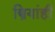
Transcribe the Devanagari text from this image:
स्त्रियांही